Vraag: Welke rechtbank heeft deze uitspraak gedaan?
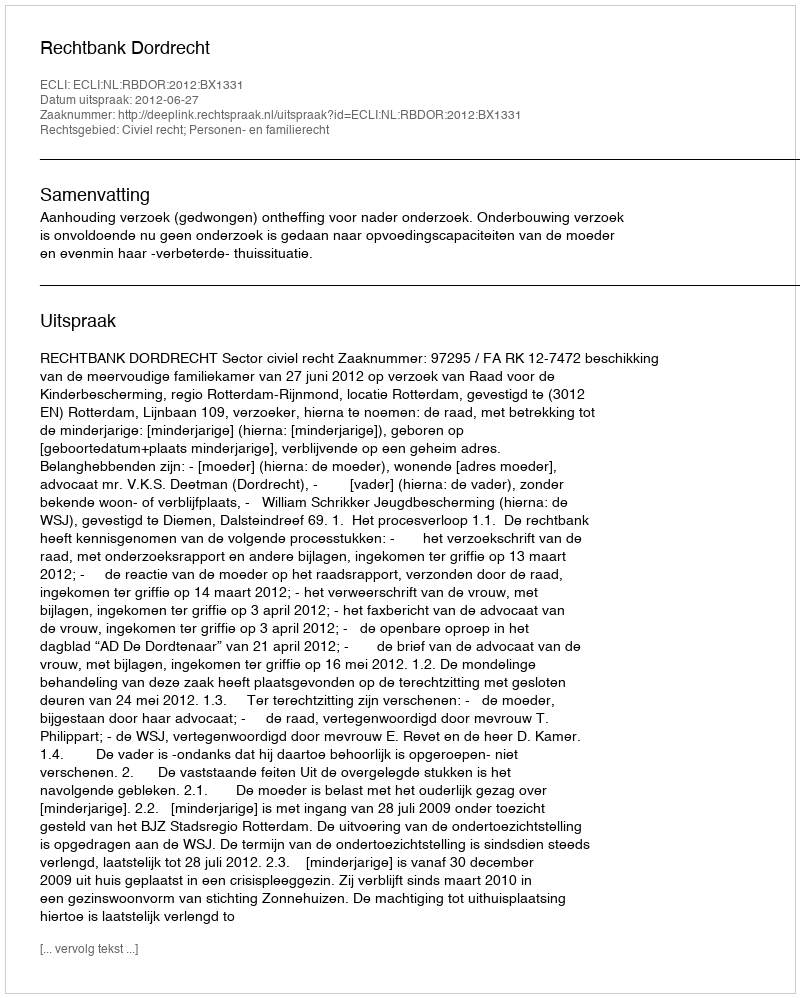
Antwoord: Rechtbank Dordrecht